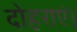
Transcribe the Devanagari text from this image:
दोहराएं।